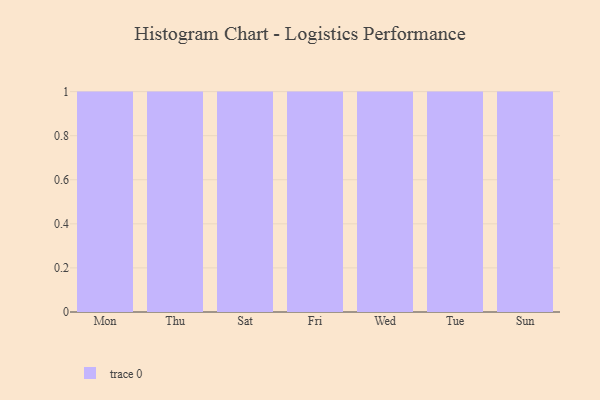
{"axis": {"x": "Day", "y": "Inventory Turnover"}, "legend": [""], "data": [{"x": "Mon", "y": 52, "type": ""}, {"x": "Thu", "y": 5, "type": ""}, {"x": "Sat", "y": 8, "type": ""}, {"x": "Fri", "y": 79, "type": ""}, {"x": "Wed", "y": 94, "type": ""}, {"x": "Tue", "y": 83, "type": ""}, {"x": "Sun", "y": 57, "type": ""}]}